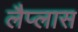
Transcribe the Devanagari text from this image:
लैप्लास